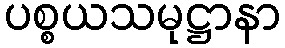
ပစ္စယသမုဋ္ဌာနာ